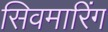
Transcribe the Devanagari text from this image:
सिवमारिंग